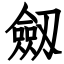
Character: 劔